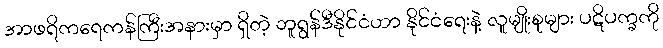
အာဖရိကရေကန်ကြီးအနားမှာ ရှိတဲ့ ဘူရွန်ဒီနိုင်ငံဟာ နိုင်ငံရေးနဲ့ လူမျိုးစုများ ပဋိပက္ခကို